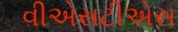
વીએસટીએસ